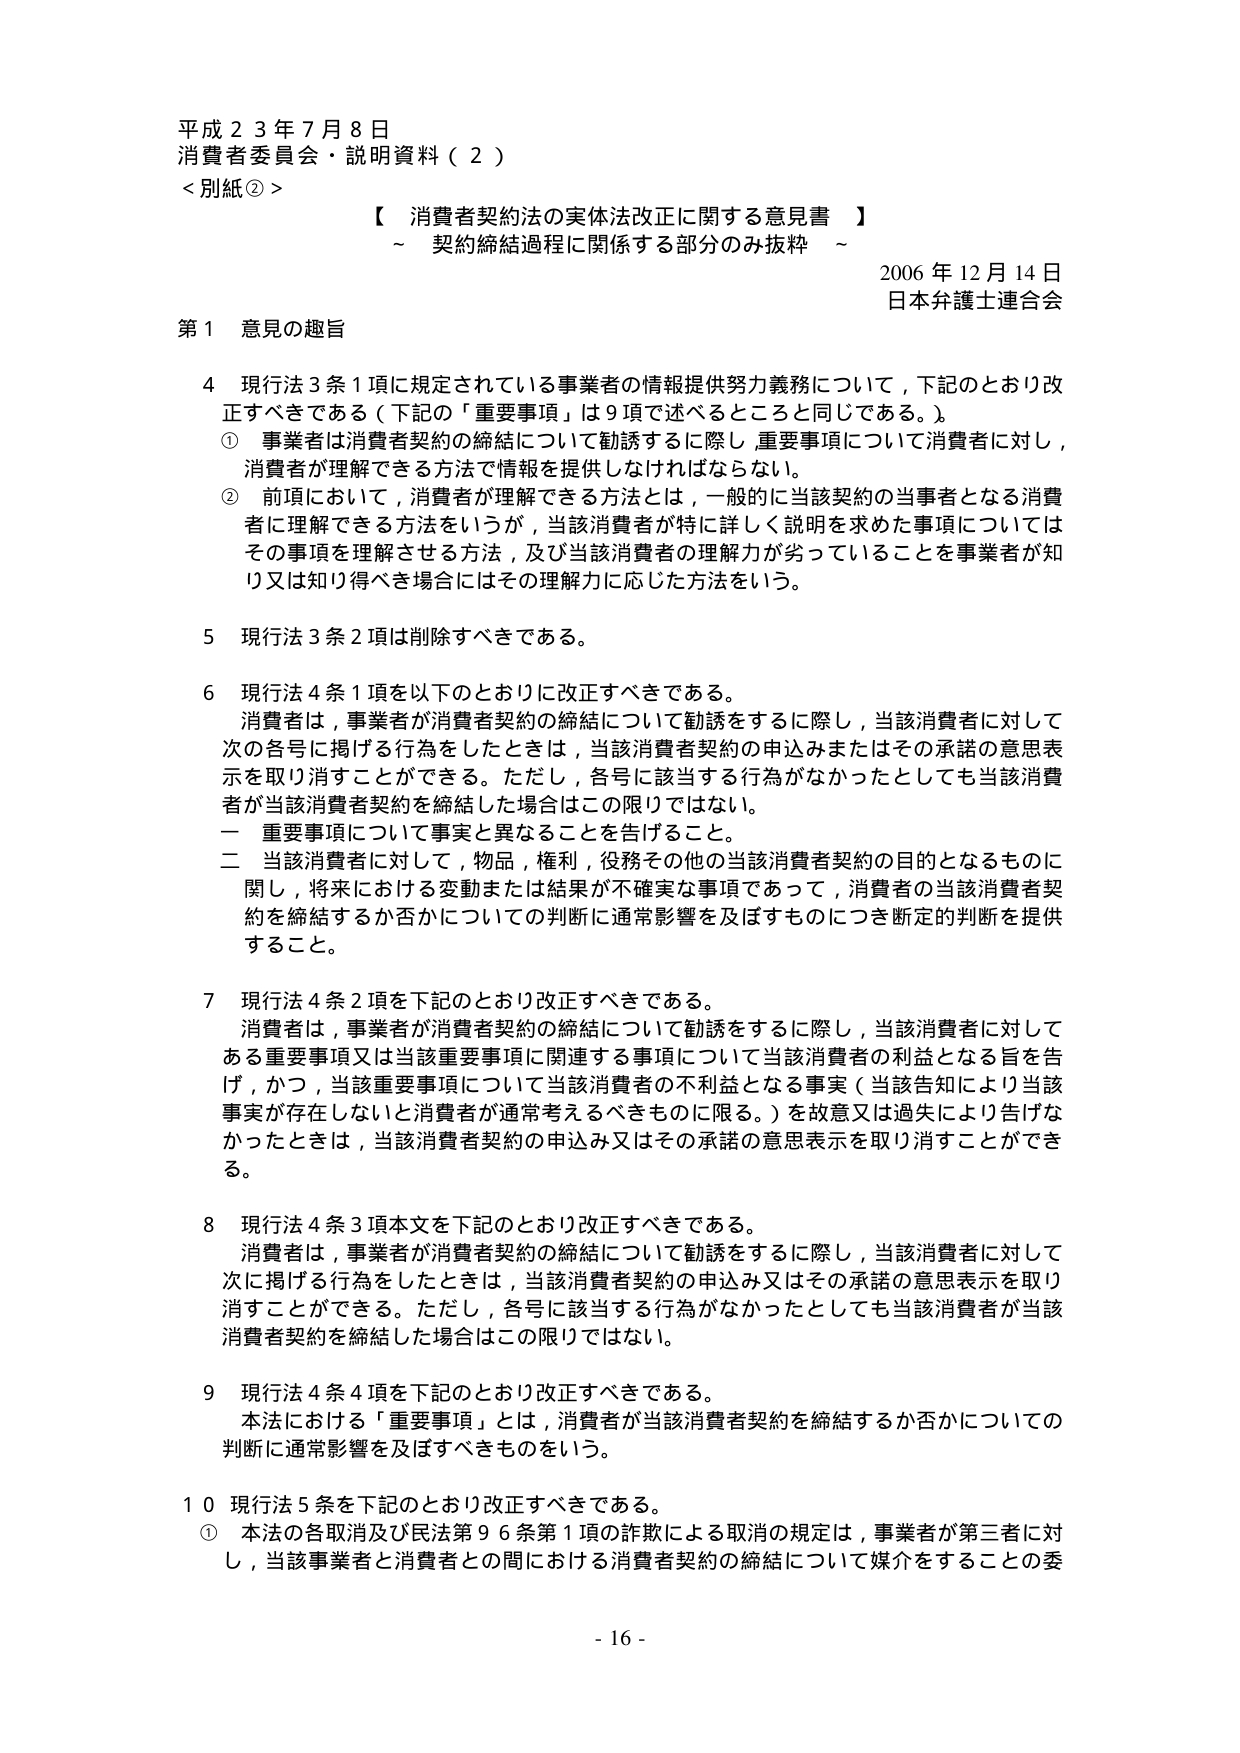
平成２３年７月８日
消費者委員会・説明資料（２）
＜別紙②＞
【 消費者契約法の実体法改正に関する意見書 】
～ 契約締結過程に関係する部分のみ抜粋 ～
2006年12月14日
日本弁護士連合会

第１ 意見の趣旨

４ 現行法３条１項に規定されている事業者の情報提供努力義務について，下記のとおり改正すべきである（下記の「重要事項」は９項で述べるところと同じである。）。
① 事業者は消費者契約の締結について勧誘するに際し，重要事項について消費者に対し，消費者が理解できる方法で情報を提供しなければならない。
② 前項において，消費者が理解できる方法とは，一般的に当該契約の当事者となる消費者に理解できる方法をいうが，当該消費者が特に詳しく説明を求めた事項についてはその事項を理解させる方法，及び当該消費者の理解力が劣っていることを事業者が知り又は知り得べき場合にはその理解力に応じた方法をいう。

５ 現行法３条２項は削除すべきである。

６ 現行法４条１項を以下のとおりに改正すべきである。
消費者は，事業者が消費者契約の締結について勧誘をするに際し，当該消費者に対して次の各号に掲げる行為をしたときは，当該消費者契約の申込みまたはその承諾の意思表示を取り消すことができる。ただし，各号に該当する行為がなかったとしても当該消費者が当該消費者契約を締結した場合はこの限りではない。
一 重要事項について事実と異なることを告げること。
二 当該消費者に対して，物品，権利，役務その他の当該消費者契約の目的となるものに関して，将来における変動または結果が不確実な事項であって，消費者の当該消費者契約を締結するか否かについての判断に通常影響を及ぼすものにつき断定的判断を提供すること。

７ 現行法４条２項を下記のとおり改正すべきである。
消費者は，事業者が消費者契約の締結について勧誘をするに際し，当該消費者に対してある重要事項又は当該重要事項に関連する事項について当該消費者の利益となる旨を告げ，かつ，当該重要事項について当該消費者の不利益となる事実（当該告知により当該事実が存在しないと消費者が通常考えるべきものに限る。）を故意又は過失により告げなかったときは，当該消費者契約の申込み又はその承諾の意思表示を取り消すことができる。

８ 現行法４条３項本文を下記のとおり改正すべきである。
消費者は，事業者が消費者契約の締結について勧誘をするに際し，当該消費者に対して次に掲げる行為をしたときは，当該消費者契約の申込み又はその承諾の意思表示を取り消すことができる。ただし，各号に該当する行為がなかったとしても当該消費者が当該消費者契約を締結した場合はこの限りではない。

９ 現行法４条４項を下記のとおり改正すべきである。
本法における「重要事項」とは，消費者が当該消費者契約を締結するか否かについての判断に通常影響を及ぼすべきものをいう。

１０ 現行法５条を下記のとおり改正すべきである。
① 本法の各取消及び民法第９６条第１項の詐欺による取消の規定は，事業者が第三者に対し，当該事業者と消費者との間における消費者契約の締結について媒介をすることの委

- 16 -